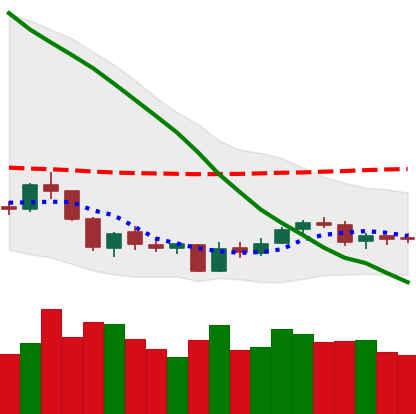
Ticker: NEO-USD
Chart end date: 2018-06-07
Forward return: -22.906%
Label: down_7plus